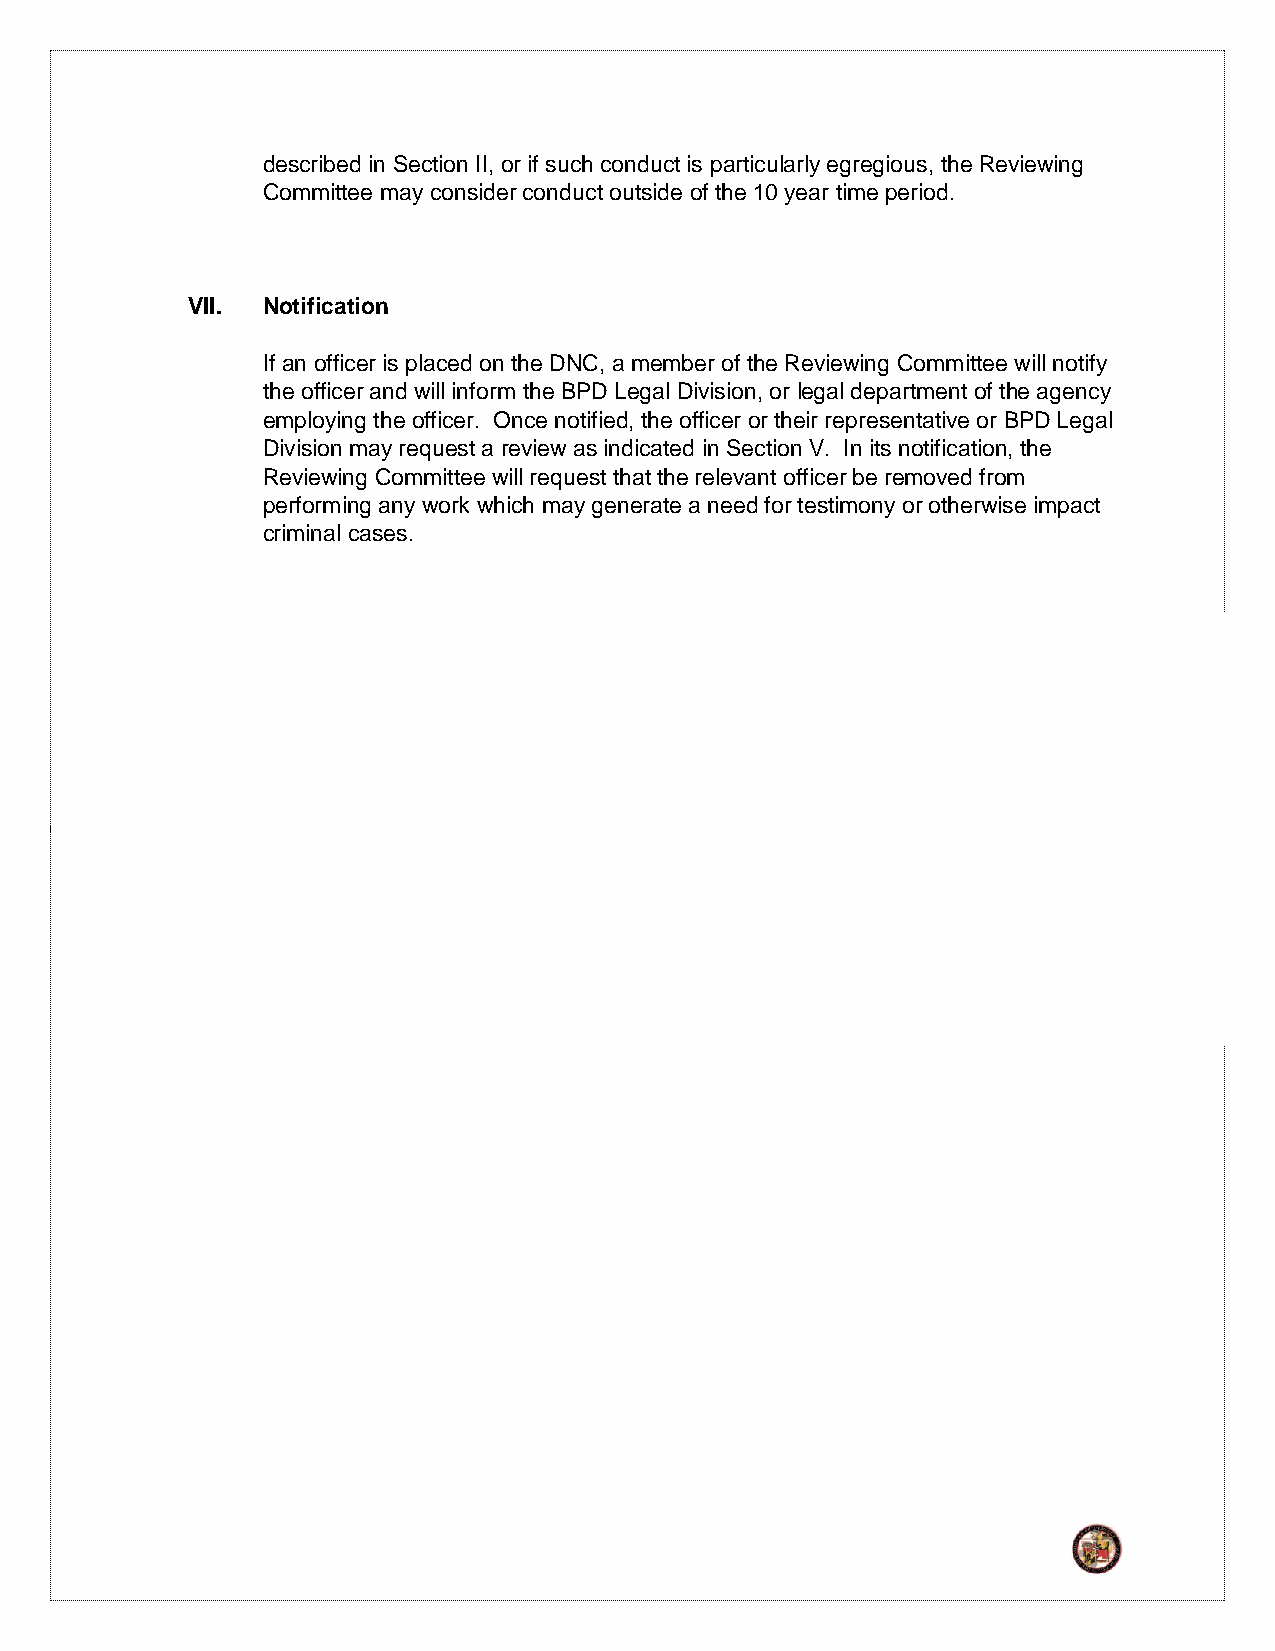
described in Section II, or if such conduct is particularly egregious, the Reviewing
 Committee may consider conduct outside of the 10 year time period.
 VII. Notification
 If an officer is placed on the DNC, a member of the Reviewing Committee will notify
 the officer and will inform the BPD Legal Division, or legal department of the agency
 employing the officer. Once notified, the officer or their representative or BPD Legal
 Division may request a review as indicated in Section V. In its notification, the
 Reviewing Committee will request that the relevant officer be removed from
 performing any work which may generate a need for testimony or otherwise impact
 criminal cases.